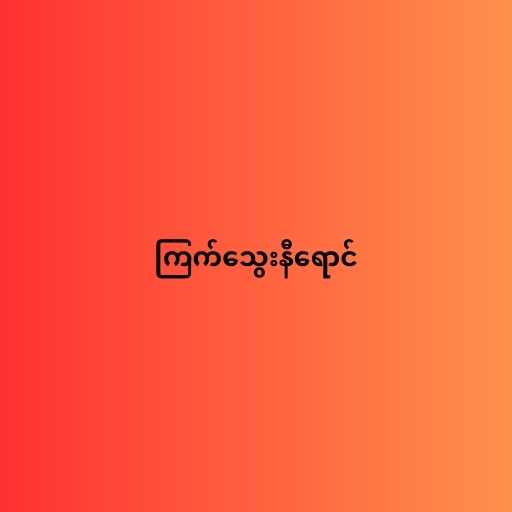
ကြက်သွေးနီရောင်